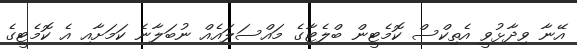
އޭނާ ވިދާޅުވީ އެތިކްސް ކޮމެޓީން ބްލެޓާގެ މައްސަލައެއް ނުބަލާނެ ކަމަށާއި އެ ކޮމެޓީގެ